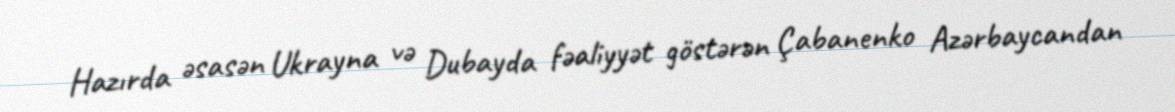
Hazırda əsasən Ukrayna və Dubayda fəaliyyət göstərən Çabanenko Azərbaycandan